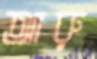
আরু